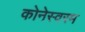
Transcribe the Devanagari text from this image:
कोनेस्वरम